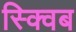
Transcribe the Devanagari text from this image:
स्क्विब